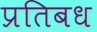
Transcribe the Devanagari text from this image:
प्रतिबध